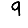
Digit: 9